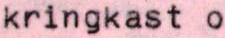
kringkast o